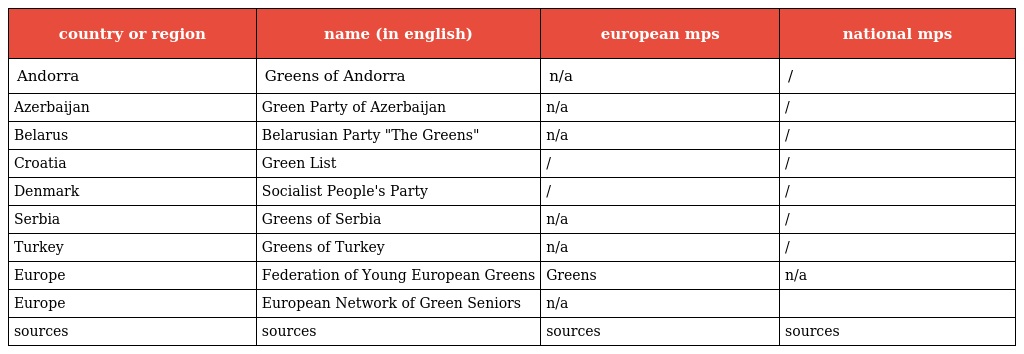
| country or region | name (in english) | european mps | national mps |
 | --- | --- | --- | --- |
 | Andorra | Greens of Andorra | n/a | / |
 | Azerbaijan | Green Party of Azerbaijan | n/a | / |
 | Belarus | Belarusian Party "The Greens" | n/a | / |
 | Croatia | Green List | / | / |
 | Denmark | Socialist People's Party | / | / |
 | Serbia | Greens of Serbia | n/a | / |
 | Turkey | Greens of Turkey | n/a | / |
 | Europe | Federation of Young European Greens | Greens | n/a |
 | Europe | European Network of Green Seniors | n/a |  |
 | sources | sources | sources | sources |